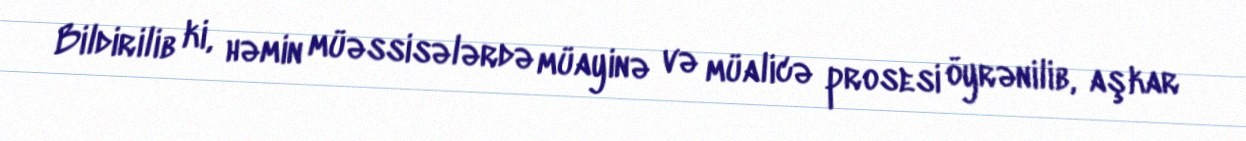
Bildirilib ki, həmin müəssisələrdə müayinə və müalicə prosesi öyrənilib, aşkar